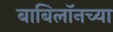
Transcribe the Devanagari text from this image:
बाबिलॉनच्या